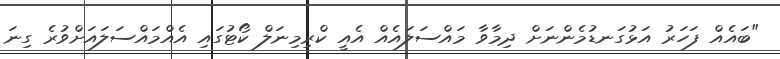
"ބައެއް ފަހަރު އަޅުގަނޑުމެންނަށް ދިމާވާ މައްސަލައެއް އެއީ ކްރިމިނަލް ކޯޓުގައި އެއްމައްސަލައަށްވުރެ ގިނަ